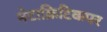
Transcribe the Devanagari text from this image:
मेटाक्रिटिकपर